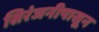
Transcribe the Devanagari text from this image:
सिरंजनीपासून